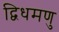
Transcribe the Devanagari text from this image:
द्विधमणु